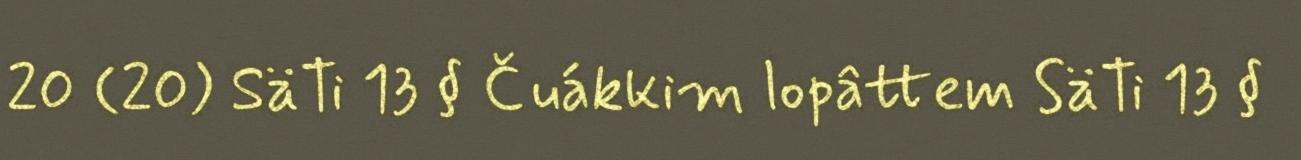
20 (20) SäTi 13 § Čuákkim lopâttem SäTi 13 §